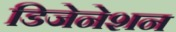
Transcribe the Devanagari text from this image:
डिजेनेशन